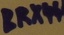
Text: BRX44